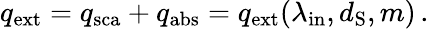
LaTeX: \begin{array}{r}{q_{\mathrm{ext}}=q_{\mathrm{sca}}+q_{\mathrm{abs}}=q_{\mathrm{ext}}(\lambda_{\mathrm{in}},d_{\mathrm{S}},m)\, .}\end{array}